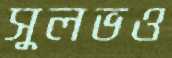
সুলভও